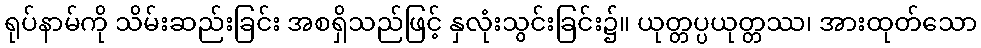
ရုပ်နာမ်ကို သိမ်းဆည်းခြင်း အစရှိသည်ဖြင့် နှလုံးသွင်းခြင်း၌။ ယုတ္တပ္ပယုတ္တဿ၊ အားထုတ်သော